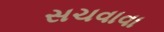
સચવાવા